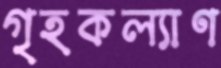
গৃহকল্যাণ